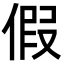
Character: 假